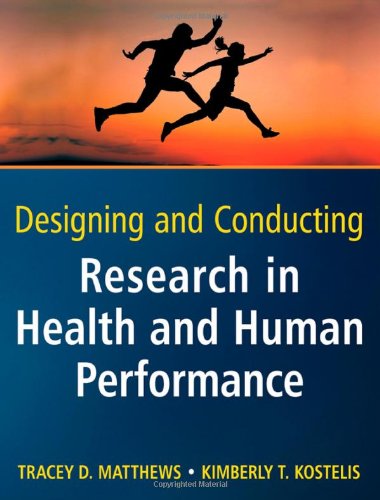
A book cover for Designing and Conducting Research in Health and Human Performance; Tracey D. Matthews; Medical Books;